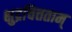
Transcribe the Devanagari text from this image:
क्षुद्रचित्तताम्